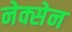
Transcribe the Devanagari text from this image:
नेक्सेन